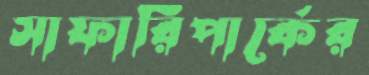
সাফারিপার্কের